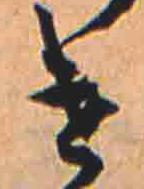
け